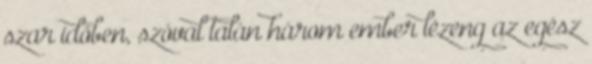
szar időben, szóval talán három ember lézeng az egész